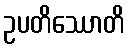
ဥပတိဿောတိ